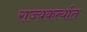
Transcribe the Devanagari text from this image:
राज्यकर्त्यात